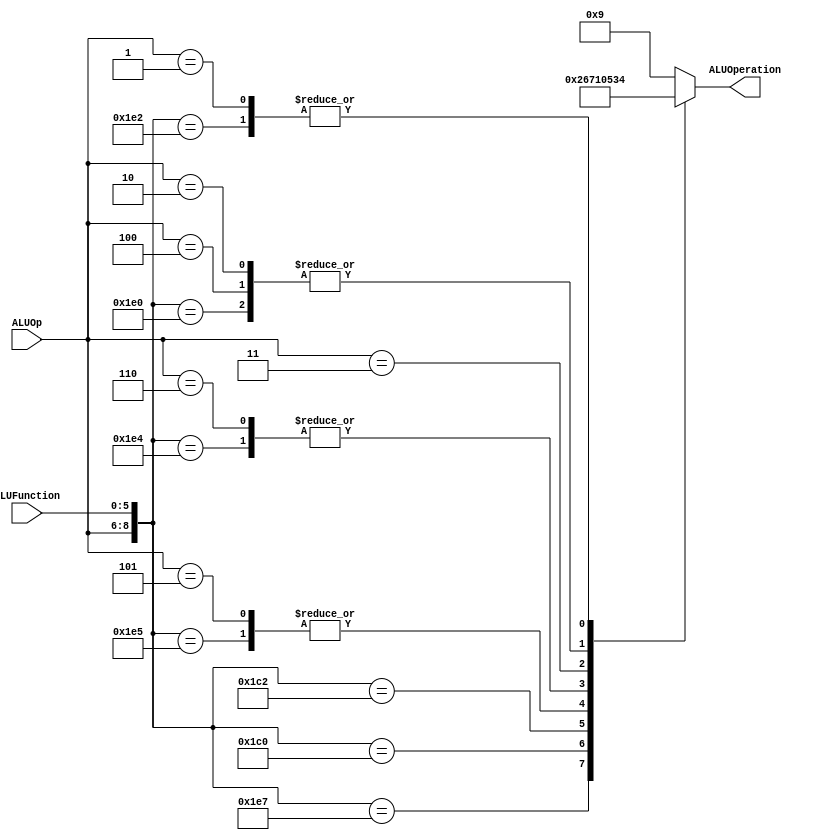
/******************************************************************
* Description
*	This is the control unit for the ALU. It receves an signal called 
*	ALUOp from the control unit and a signal called ALUFunction from
*	the intrctuion field named function.
* Version:
*	1.0
* Author:
*	Dr. Jos Luis Pizano Escalante
* email:
*	luispizano@iteso.mx
* Date:
*	01/03/2014
******************************************************************/
module ALUControl
(
	input [2:0] ALUOp,
	input [5:0] ALUFunction,
	output [3:0] ALUOperation
);

localparam R_Type_AND     = 9'b111_100100;
localparam R_Type_OR      = 9'b111_100101;
localparam R_Type_NOR     = 9'b111_100111;
localparam R_Type_ADD     = 9'b111_100000;
localparam R_Type_SUB	  = 9'b111_100010;
localparam R_Type_SLL	  = 9'b111_000000;
localparam R_Type_SRL	  = 9'b111_000010;	
localparam I_Type_ADDI    = 9'b100_xxxxxx;
localparam I_Type_ORI     = 9'b101_xxxxxx;
localparam I_Type_ANDI	  = 9'b110_xxxxxx;
localparam I_Type_LUI	  = 9'b011_xxxxxx;
localparam I_Type_LW_SW	  = 9'b010_xxxxxx;
localparam I_Type_BEQ_BNE = 9'b001_xxxxxx;

reg [3:0] ALUControlValues;
wire [8:0] Selector;

assign Selector = {ALUOp, ALUFunction};

always@(Selector)begin
	casex(Selector)
		R_Type_AND:    ALUControlValues = 4'b0000;
		R_Type_OR:     ALUControlValues = 4'b0001;
		R_Type_NOR:    ALUControlValues = 4'b0010;
		R_Type_ADD:    ALUControlValues = 4'b0011;
		R_Type_SUB:    ALUControlValues = 4'b0100;
		R_Type_SLL:    ALUControlValues = 4'b0110;
		R_Type_SRL:    ALUControlValues = 4'b0111;
		I_Type_ADDI: 	ALUControlValues = 4'b0011; //El mismo que ADD
		I_Type_ORI: 	ALUControlValues = 4'b0001; //El mismo que OR
		I_Type_ANDI: 	ALUControlValues = 4'b0000; //El mismo que AND
		I_Type_LUI: 	ALUControlValues = 4'b0101;
		I_Type_LW_SW:  ALUControlValues = 4'b0011;	//ADD
		I_Type_BEQ_BNE:ALUControlValues = 4'b0100;	//SUB
		
		default: ALUControlValues = 4'b1001;
	endcase
end
assign ALUOperation = ALUControlValues;
endmodule